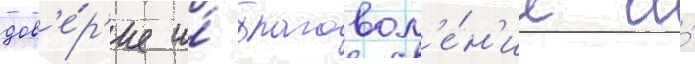
дов'е́р'ие и́ благовол'е́н'ие и́